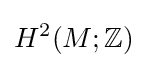
H^{2}(M;\mathbb {Z} )